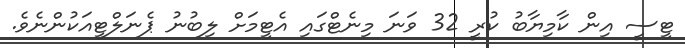
ޓީސީ އިން ކާމިޔާބު ކުރީ 32 ވަނަ މިނެޓްގައި އެޓީމަށް ލިބުނު ޕެނަލްޓީއަކުންނެވެ.